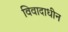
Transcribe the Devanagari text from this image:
विवादाधीन